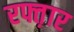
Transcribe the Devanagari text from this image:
रफ्त़ार